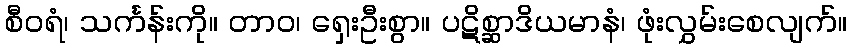
စီဝရံ၊ သင်္ကန်းကို။ တာဝ၊ ရှေးဦးစွာ။ ပဋိစ္ဆာဒိယမာနံ၊ ဖုံးလွှမ်းစေလျက်။